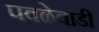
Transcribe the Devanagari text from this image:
पवळेवाडी